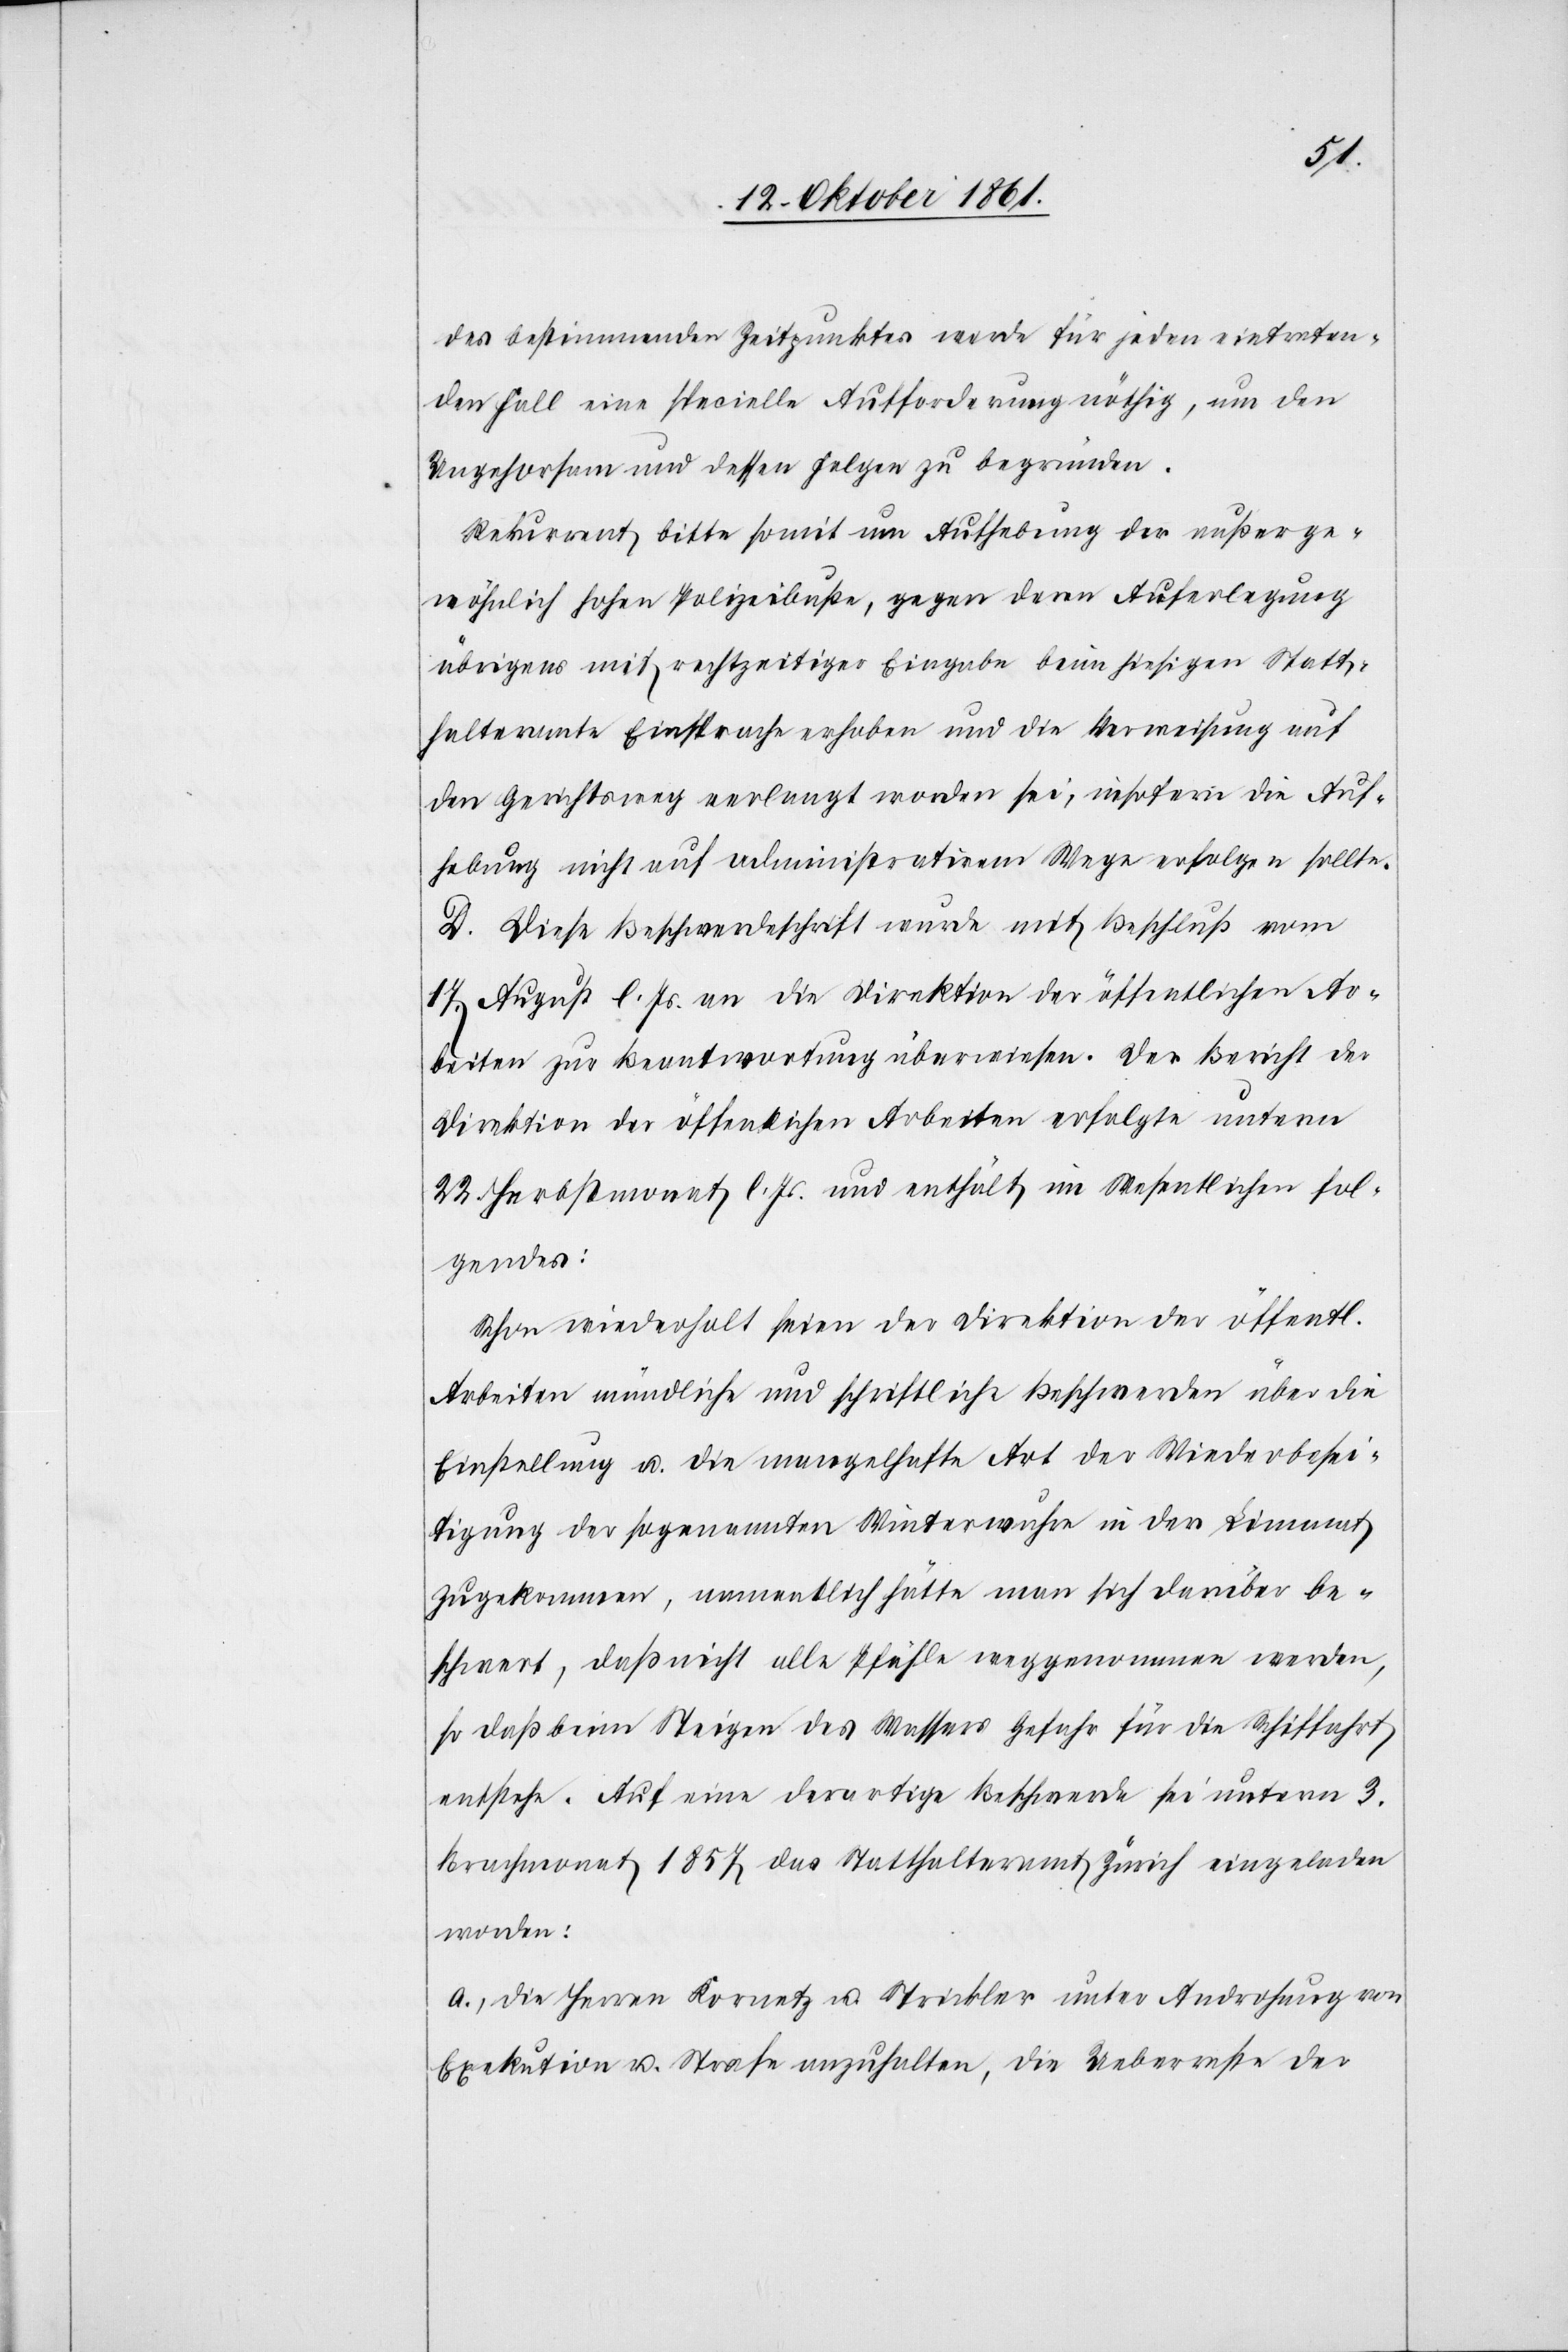
chen
des bestimmenden Zeitpunktes werde für jeden eintreten¬
den Fall eine spezielle Aufforderung nöthig, um den
Ungehorsam und dessen Folgen zu begründen.
Rekurrent bitte somit um Aufhebung der außerge¬
wöhnlich hohen Polizeibuße, gegen deren Auferlegung
übrigens mit rechtzeitiger Eingabe beim hiesigen Statt¬
halteramte Einsprache erhoben und die Verweisung auf
den Gerichtsweg verlangt worden sei, insofern die Auf¬
hebung nicht auf administrativem Wege erfolgen sollte.
D. Diese Beschwerdeschrift wurde mit Beschluß vom
17 August l. Js. an die Direktion der öffentlichen Ar¬
beiten zur Beantwortung überwiesen. Der Bericht der
Direktion der öffentlichen Arbeiten erfolgte unterm
22 Herbstmonat l. Js. und enthält im Wesentlichen Fol¬
gendes:
Schon wiederholt seien der Direktion der öffentli¬
Arbeiten mündliche und schriftliche Beschwerden über die
Erstreckung u. die mangelhafte Art der Wiederbesei¬
tigung der sogenannten Winterwuhre in der Limmat
zugekommen, namentlich hätte man sich darüber be¬
schwert, daß nicht alle Pfähle weggenommen werden,
so daß beim Steigen des Wassers Gefahr für die Schiffahrt
entstehe. Auf eine derartige Beschwerde sei unterm 3
Brachmonat 1857 dass Statthalteramt Zürich eingeladen
worden:
a. Die Herren Kornetz u. Strickler unter Androhung von
Execution u. Strafe anzuhalten, die Ueberreste der